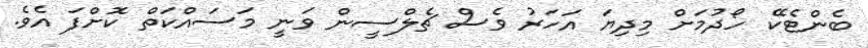
ބެންޓެކޭ ހޯދުމަށް މިދިޔަ އަހަރު ވެސް ޗެލްސީން ވަނީ މަސައްކަތް ކޮށްފަ އެވެ.